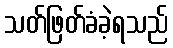
သတ်ဖြတ်ခံခဲ့ရသည်